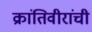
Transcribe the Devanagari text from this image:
क्रांतिवीरांची